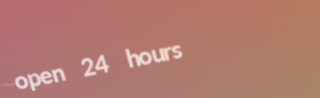
open 24 hours